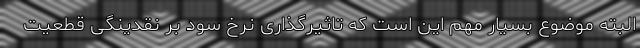
البته موضوع بسیار مهم این است که تاثیرگذاری نرخ سود بر نقدینگی قطعیت